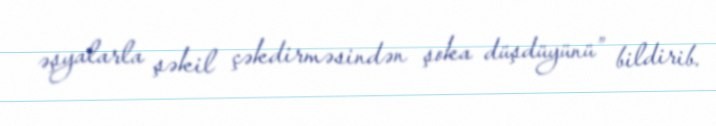
əşyalarla şəkil çəkdirməsindən şoka düşdüyünü” bildirib.